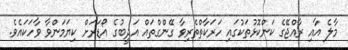
މާލެ އާއި ރާއްޖޭގެ ކަންކޮޅުތަކުގައި ހަރަކާތްތެރިވާ ގޭންގްތައް އަދީބުގެ އޯޑަރަށް ކިޔަމަންވާ ވާހަކައެވެ.